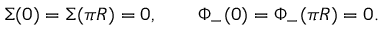
\Sigma ( 0 ) = \Sigma ( \pi R ) = 0 , \qquad \Phi _ { - } ( 0 ) = \Phi _ { - } ( \pi R ) = 0 .